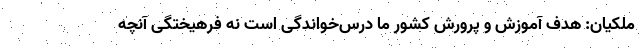
ملکیان: هدف آموزش و پرورش کشور ما درس‌خواندگی است نه فرهیختگی آنچه